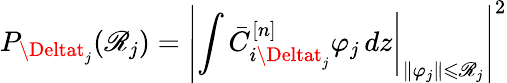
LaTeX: P_{\Deltat_{j}}(\mathscr{R}_{j})=\left|\left.\int\bar{{C}}_{i\Deltat_{j}}^{[n]}\varphi_{j}\mathop{}\! {d{z}}\right|_{\| \varphi_{j}\| \leqslant\mathscr{R}_{j}}\right|^{2}